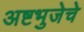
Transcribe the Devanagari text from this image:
अष्टभुजेचे